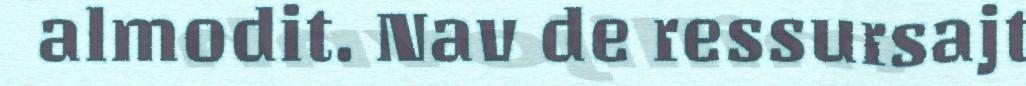
almodit. Nav de ressursajt